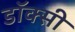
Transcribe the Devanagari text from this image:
डॉक्सी